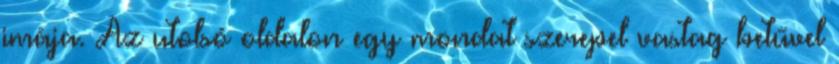
imája. Az utolsó oldalon egy mondat szerepel vastag betűvel